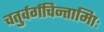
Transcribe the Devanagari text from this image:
चतुर्वर्गचिन्तामािः